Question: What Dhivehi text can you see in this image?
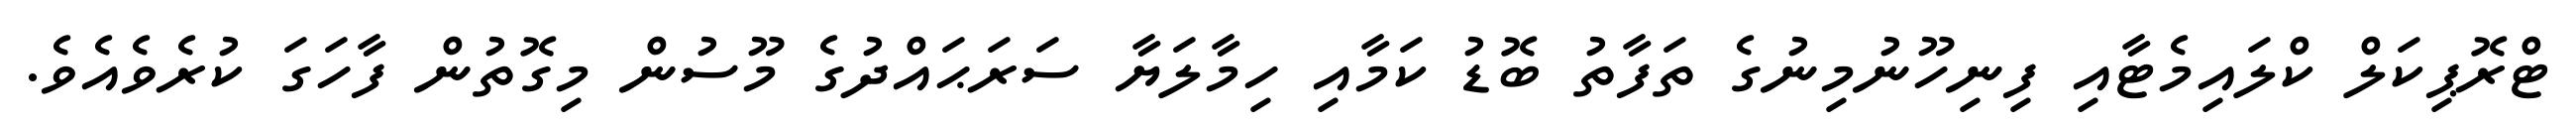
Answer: ޓްރޮޕިކަލް ކްލައިމެޓާއި ފިނިހޫނުމިނުގެ ތަފާތު ބޮޑު ކަމާއި ހިމާލަޔާ ސަރަޙައްދުގެ މޫސުން މިގޮތުން ފާހަގަ ކުރެވެއެވެ.